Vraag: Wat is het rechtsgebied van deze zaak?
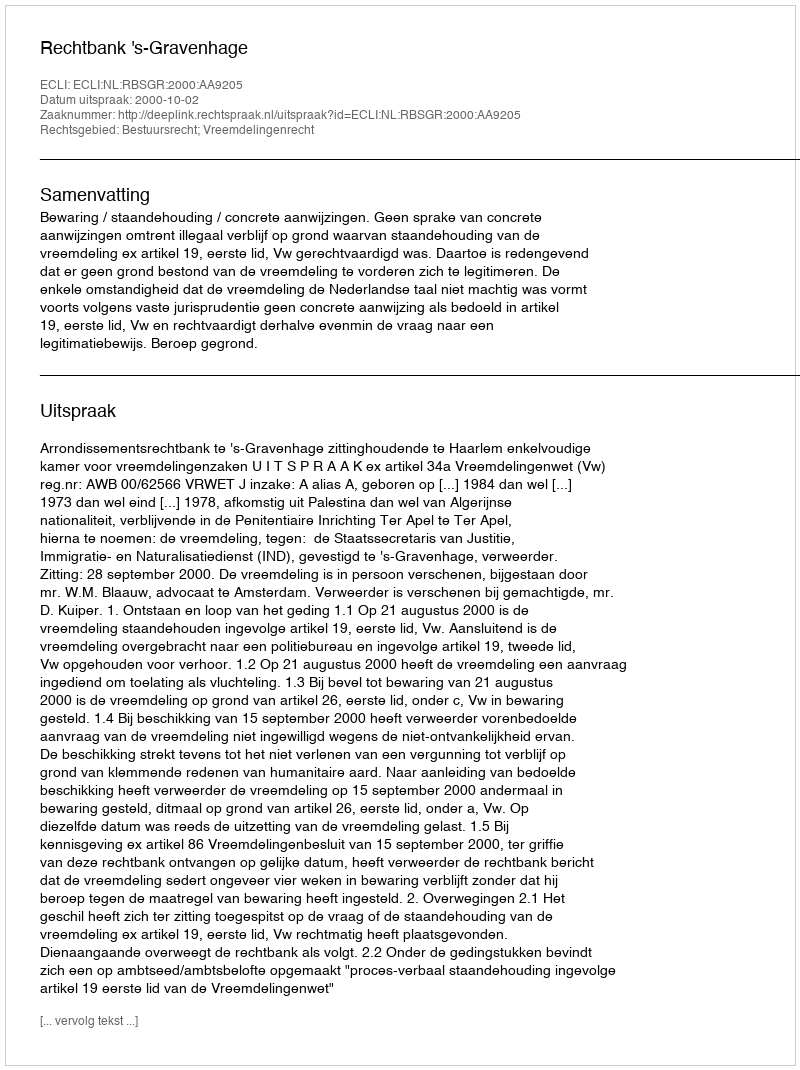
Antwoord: Bestuursrecht; Vreemdelingenrecht